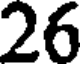
26